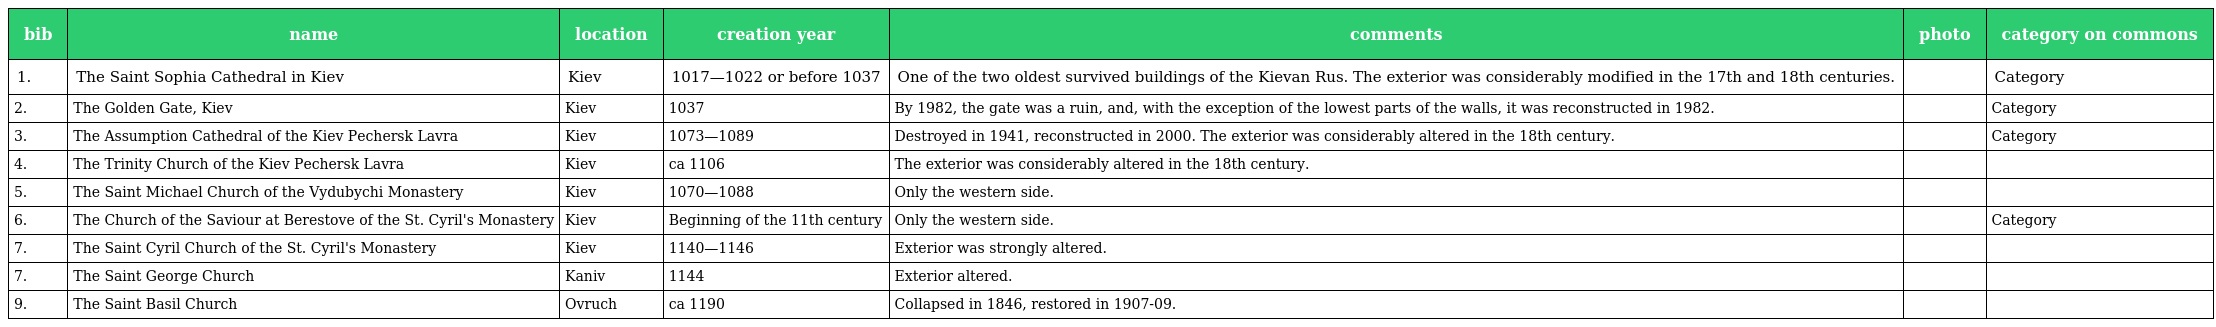
| bib | name | location | creation year | comments | photo | category on commons |
 | --- | --- | --- | --- | --- | --- | --- |
 | 1. | The Saint Sophia Cathedral in Kiev | Kiev | 1017—1022 or before 1037 | One of the two oldest survived buildings of the Kievan Rus. The exterior was considerably modified in the 17th and 18th centuries. |  | Category |
 | 2. | The Golden Gate, Kiev | Kiev | 1037 | By 1982, the gate was a ruin, and, with the exception of the lowest parts of the walls, it was reconstructed in 1982. |  | Category |
 | 3. | The Assumption Cathedral of the Kiev Pechersk Lavra | Kiev | 1073—1089 | Destroyed in 1941, reconstructed in 2000. The exterior was considerably altered in the 18th century. |  | Category |
 | 4. | The Trinity Church of the Kiev Pechersk Lavra | Kiev | ca 1106 | The exterior was considerably altered in the 18th century. |  |  |
 | 5. | The Saint Michael Church of the Vydubychi Monastery | Kiev | 1070—1088 | Only the western side. |  |  |
 | 6. | The Church of the Saviour at Berestove of the St. Cyril's Monastery | Kiev | Beginning of the 11th century | Only the western side. |  | Category |
 | 7. | The Saint Cyril Church of the St. Cyril's Monastery | Kiev | 1140—1146 | Exterior was strongly altered. |  |  |
 | 7. | The Saint George Church | Kaniv | 1144 | Exterior altered. |  |  |
 | 9. | The Saint Basil Church | Ovruch | ca 1190 | Collapsed in 1846, restored in 1907-09. |  |  |